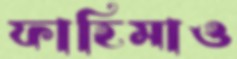
ফাহিমাও